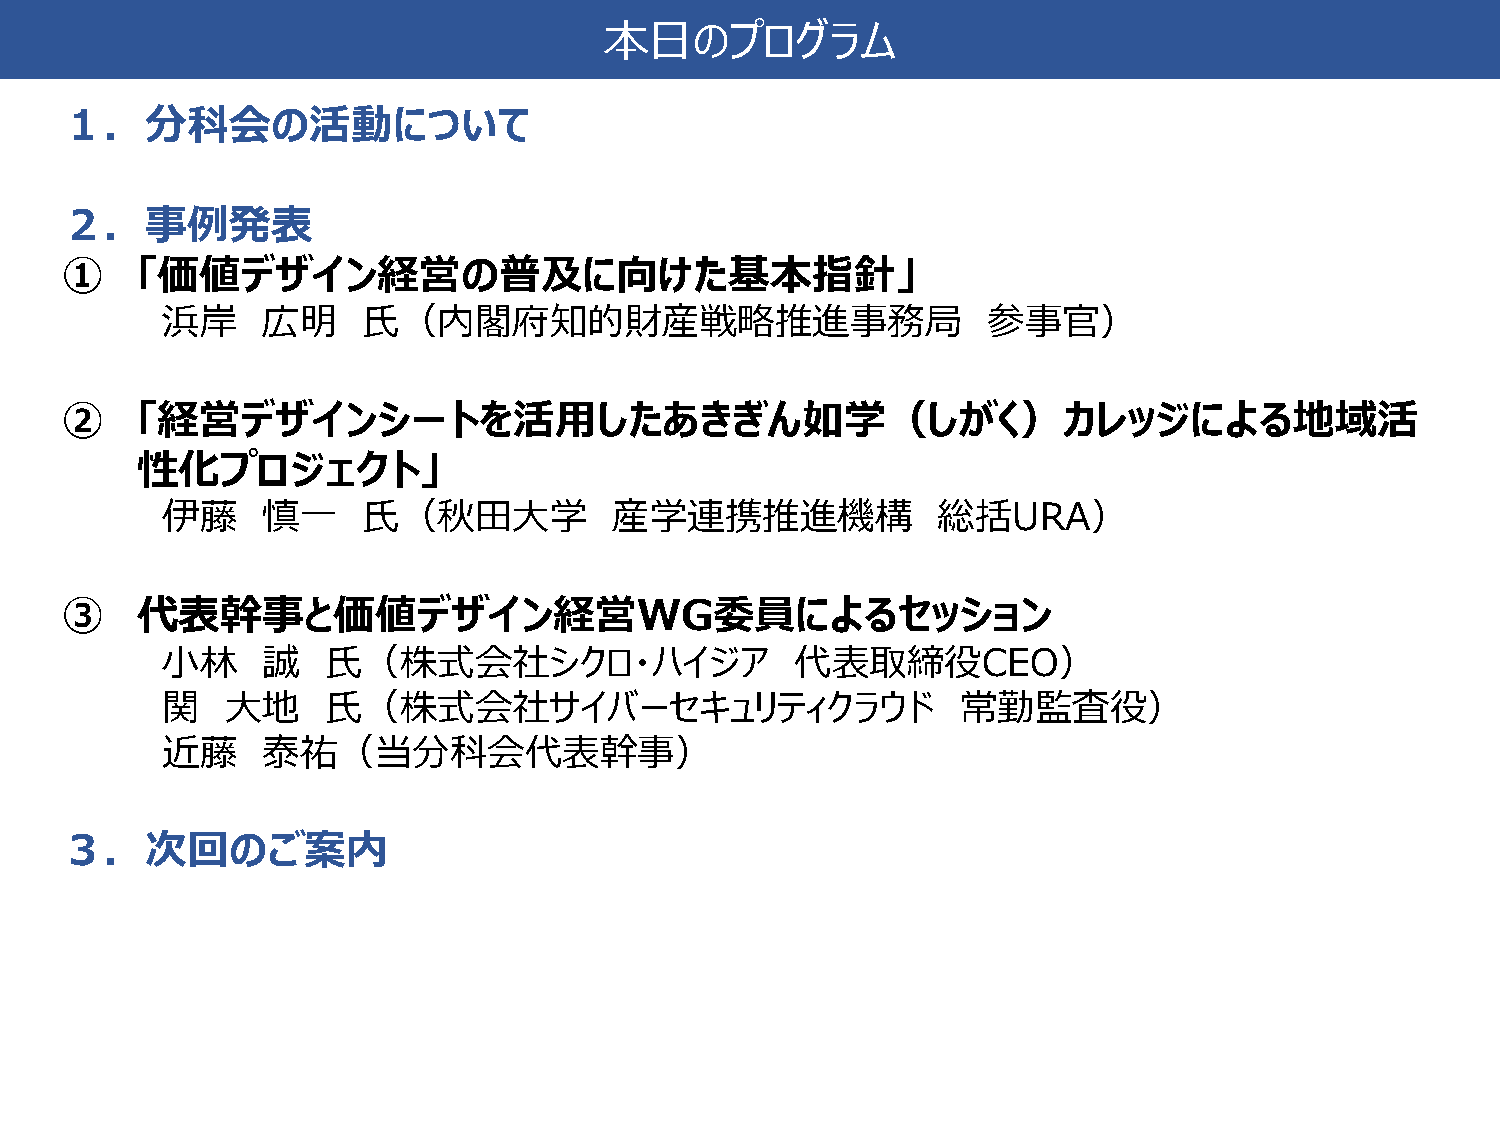
本日のプログラム
 １．分科会の活動について
 ２．事例発表
 ①    「価値デザイン経営の普及に向けた基本指針」
 浜岸    広明     氏（内閣府知的財産戦略推進事務局                         参事官）
 ②    「経営デザインシートを活用したあきぎん如学（しがく）カレッジによる地域活
 性化プロジェクト」
 伊藤    慎一     氏（秋田大学           産学連携推進機構             総括URA）
 ③    代表幹事と価値デザイン経営WG委員によるセッション
 小林    誠   氏（株式会社シクロ・ハイジア                  代表取締役CEO）
 関   大地    氏（株式会社サイバーセキュリティクラウド                       常勤監査役）
 近藤    泰祐（当分科会代表幹事）
 ３．次回のご案内